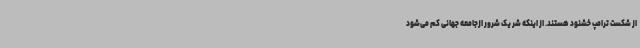
از شکست ترامپ خشنود هستند. از اینکه شر یک شرور ازجامعه جهانی کم می‌شود